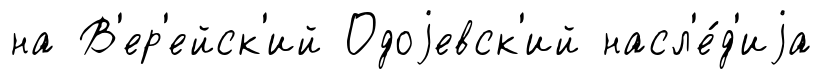
на В'ер'ейск'ий Одоjевск'ий насл'е́д'иjа